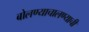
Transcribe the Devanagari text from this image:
बोलण्याचालण्याची